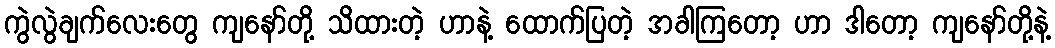
ကွဲလွဲချက်လေးတွေ ကျနော်တို့ သိထားတဲ့ ဟာနဲ့ ထောက်ပြတဲ့ အခါကြတော့ ဟာ ဒါတော့ ကျနော်တို့နဲ့